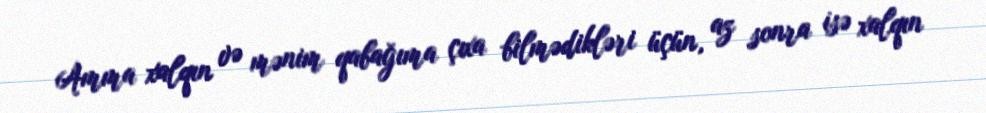
Amma xalqın və mənim qabağıma çıxa bilmədikləri üçün, az sonra isə xalqın